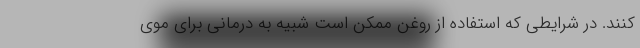
کنند. در شرایطی که استفاده از روغن ممکن است شبیه به درمانی برای موی